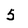
Character: 5